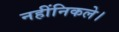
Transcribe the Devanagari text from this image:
नहींनिकले।